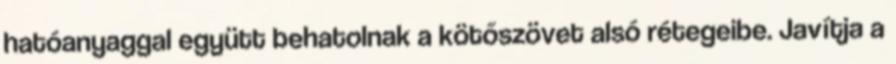
hatóanyaggal együtt behatolnak a kötőszövet alsó rétegeibe. Javítja a